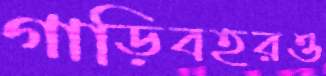
গাড়িবহরও